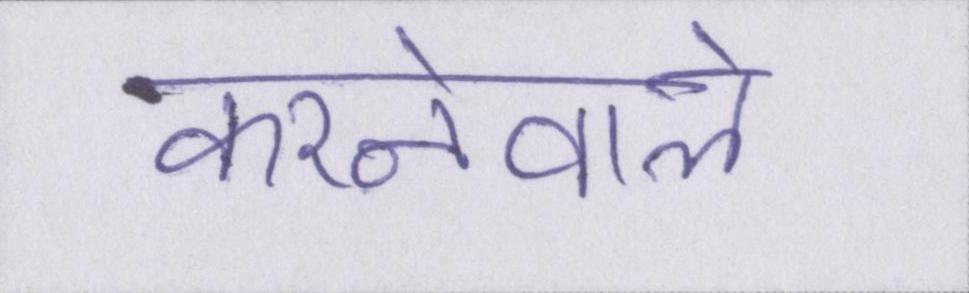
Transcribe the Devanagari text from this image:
करनेवाले